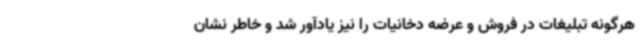
هرگونه تبلیغات در فروش و عرضه دخانیات را نیز یادآور شد و خاطر نشان